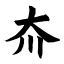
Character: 夼